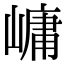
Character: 㟾